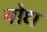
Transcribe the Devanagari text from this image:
पोध